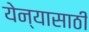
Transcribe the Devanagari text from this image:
येन्यासाठी